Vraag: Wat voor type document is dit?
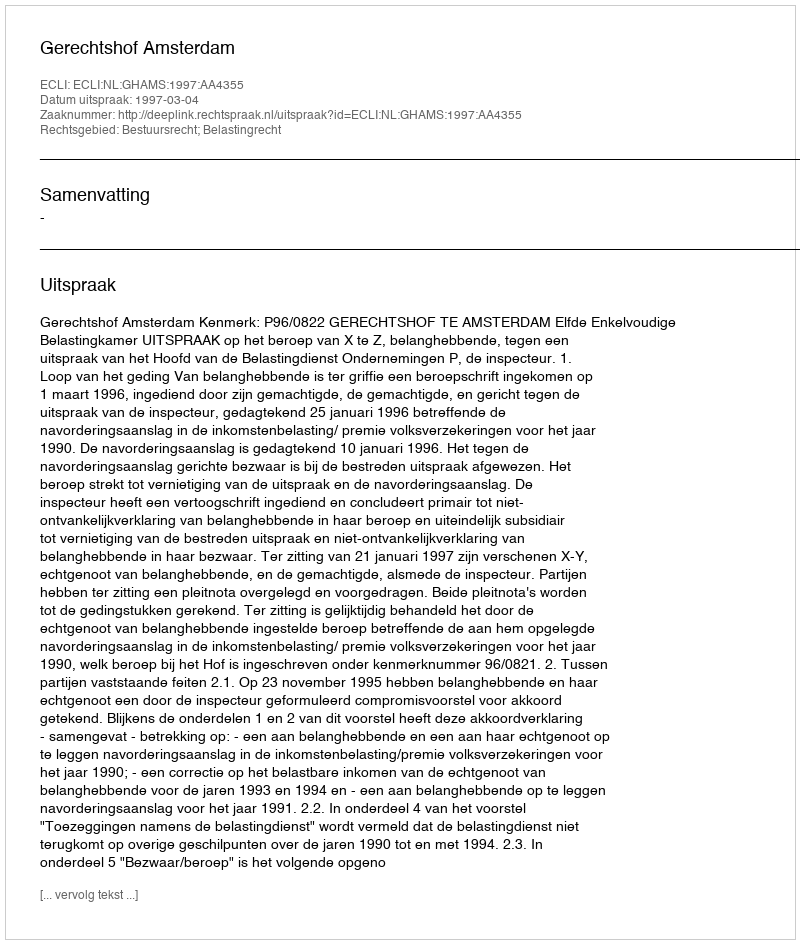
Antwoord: Uitspraak